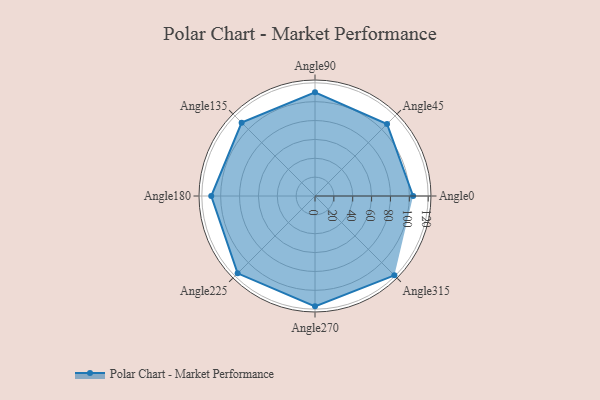
{"axis": {"x": "Angle", "y": "Radius"}, "legend": [""], "data": [{"x": "Angle0", "y": 104.0, "type": ""}, {"x": "Angle45", "y": 108.0, "type": ""}, {"x": "Angle90", "y": 110.0, "type": ""}, {"x": "Angle135", "y": 110.0, "type": ""}, {"x": "Angle180", "y": 110.0, "type": ""}, {"x": "Angle225", "y": 116.0, "type": ""}, {"x": "Angle270", "y": 117.0, "type": ""}, {"x": "Angle315", "y": 119.0, "type": ""}]}